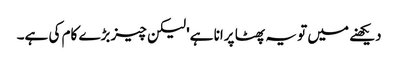
دیکھنے میں تو یہ پھٹا پرانا ہے' لیکن چیز بڑے کام کی ہے۔